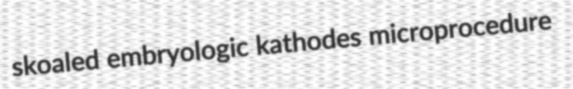
skoaled embryologic kathodes microprocedure